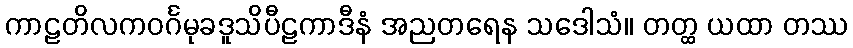
ကာဠတိလကဝင်္ဂမုခဒူသိပီဠကာဒီနံ အညတရေန သဒေါသံ။ တတ္ထ ယထာ တဿ